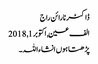
ڈاکٹر نارائن راج
الف عین, ‏اکتوبر 1, 2018
پڑھتا ہوں انشاءاللہ۔